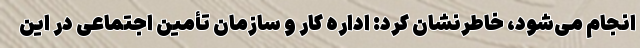
انجام می‌شود، خاطرنشان کرد: اداره کار و سازمان تأمین اجتماعی در این